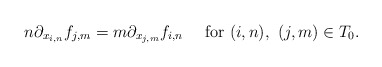
\begin{align*} n\partial_{x_{i,n}}f_{j,m}=m\partial_{x_{j,m}}f_{i,n}\ \ \ \mbox{ for } (i,n),\ (j,m)\in T_0.\end{align*}